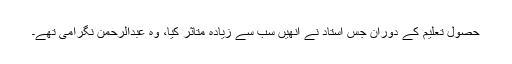
حصول تعلیم کے دوران جس استاد نے انھیں سب سے زیادہ متاثر کیا، وہ عبدالرحمن نگرامی تھے۔